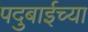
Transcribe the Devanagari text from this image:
पदुबाईच्या